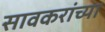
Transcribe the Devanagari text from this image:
सावकरांच्या